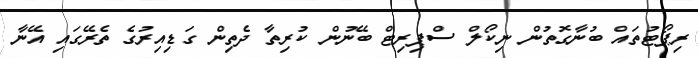
ރިޕޯޓުތައް ބުނާގޮތުން ނިކޯލް ސްޕިރިޓް ބޭނުން ކުރިތާ ދެތިން ގަޑިއިރުގެ ތެރޭގައި އޭނާ